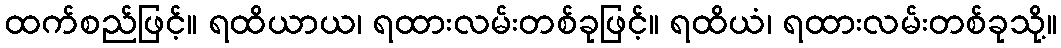
ထက်စည်ဖြင့်။ ရထိယာယ၊ ရထားလမ်းတစ်ခုဖြင့်။ ရထိယံ၊ ရထားလမ်းတစ်ခုသို့။